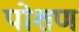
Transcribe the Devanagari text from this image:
पोशण